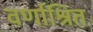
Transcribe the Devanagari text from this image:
वर्णाश्रित